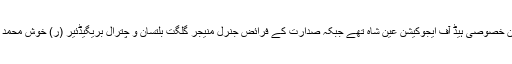
اس تقریب کے مہمان خصوصی ہیڈ آف ایجوکیشن عین شاہ تھے جبکہ صدارت کے فرائض جنرل منیجر گلگت بلتسان و چترال بریگیڈئیر (ر) خوش محمد خان نے انجام دیے ۔